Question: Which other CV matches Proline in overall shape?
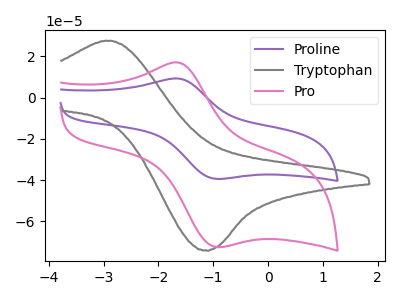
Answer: <think>The purple curve "Proline" has an anodic peak at (-1.60V, 9.15uA) and a cathodic peak at (-0.85V, -39.40uA). The gray curve "Tryptophan" has an anodic peak at (-2.85V, 27.55uA) and a cathodic peak at (-1.15V, -74.00uA). The pink curve "Pro" has an anodic peak at (-1.60V, 16.85uA) and a cathodic peak at (-0.85V, -72.40uA).
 "Proline" and "Tryptophan" have at least one peak that do not match. All the peaks in "Proline" have a peak in "Pro" at the same potential. Every peak in "Proline" is lower than every peak in "Pro". "Tryptophan" and "Pro" have at least one peak that do not match.</think>
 <answer>The CV with the most similar shape to "Pro" is "Proline".</answer>
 <eval>"Proline"</eval>